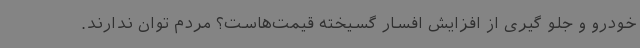
خودرو و جلو گیری از افزایش افسار گسیخته قیمت‌هاست؟ مردم توان ندارند.